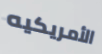
الأمريكيه